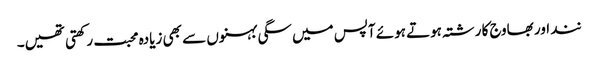
نند اور بھاوج کا رشتہ ہوتے ہوئے آپس میں سگی بہنوں سے بھی زیادہ محبت رکھتی تھیں۔